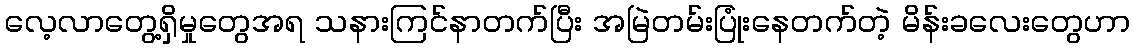
လေ့လာတွေ့ရှိမှုတွေအရ သနားကြင်နာတက်ပြီး အမြဲတမ်းပြုံးနေတက်တဲ့ မိန်းခလေးတွေဟာ